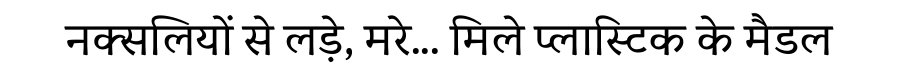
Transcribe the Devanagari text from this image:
नक्सलियों से लड़े, मरे... मिले प्लास्टिक के मैडल